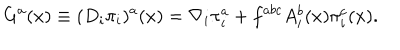
LaTeX: G ^ { a } ( x ) \equiv ( D _ { i } \pi _ { i } ) ^ { a } ( x ) = \nabla _ { i } \pi _ { i } ^ { a } + f ^ { a b c } A _ { i } ^ { b } ( x ) \pi _ { i } ^ { c } ( x ) .